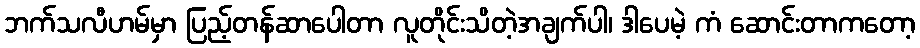
ဘက်သလီဟမ်မှာ ပြည့်တန်ဆာပေါတာ လူတိုင်းသိတဲ့အချက်ပါ၊ ဒါပေမဲ့ ကံ ဆောင်းတာကတော့